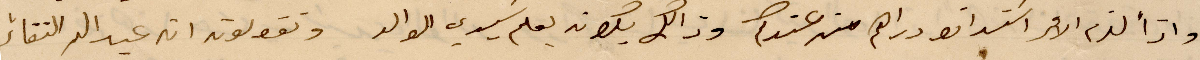
واذا لزم الامر استدانو دراهم من عندكم وذلك يكون بعلم سيدي الوالد وتقولون ان عيد الاتقاء